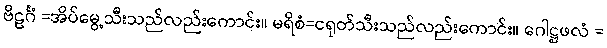
ဗိဠင်္ဂံ =အိပ်မွေ့သီးသည်လည်းကောင်း။ မရိစံ=ငရုတ်သီးသည်လည်းကောင်း။ ဂေါဋ္ဌဖလံ =